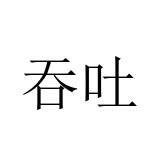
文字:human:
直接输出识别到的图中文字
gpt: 吞吐